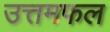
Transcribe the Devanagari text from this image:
उत्तमफल